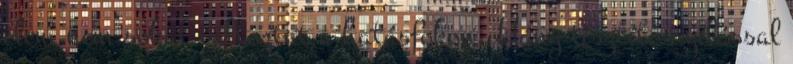
elem nem sokat változtat a hatásfokon. Hány tisztító nyílással